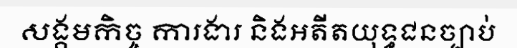
សង្គមកិច្ច ការងារ និងអតីតយុទ្ធជនច្បាប់